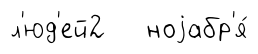
л'юд'ей2 ноjабр'я́